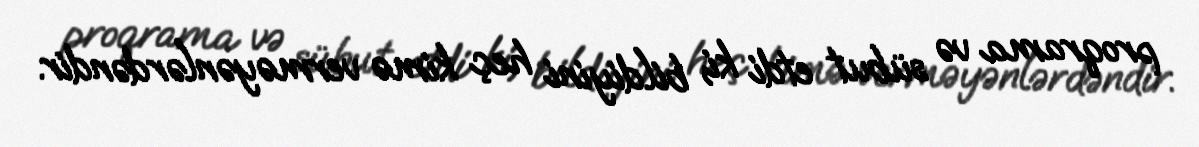
proqrama və sübut etdi ki, bildiyini heç kimə verməyənlərdəndir.